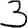
Digit: 3